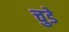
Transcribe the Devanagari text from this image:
चुडे